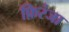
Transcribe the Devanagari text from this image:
फ़िरंजा